system: You are a helpful assistant.
user:
Analyze the provided spectrum to determine if it is a **S-type Star**.

- **Key Indicators for S-type Star:**

    - **(Overall Spectrum Shape):** The first and most obvious characteristic is the overall continuum (the "baseline" shape). It is **extremely "red-sloping,"** meaning the flux (light intensity) is very low on the left side (blue, ~4000-4500 Å) and rises steeply and continuously toward the right side (red, ~7000 Å+).

    - **(Primary):** The spectrum is defined by the presence of strong, broad molecular absorption "valleys" (bands) from **Zirconium Oxide (ZrO)**. The identification of these bands is the **primary requirement** for classifying a star as S-type.
        - **(Key Bandheads):** You must find distinct, deep "dips" where the light has been absorbed. The most critical band systems to locate are:
            - **~6474 Å** ($\gamma$-system): This is often the strongest and clearest ZrO feature, found in the red part of the spectrum.
            - **~5718 Å** & **~5551 Å** ($\beta$-system): A pair of prominent absorption features in the yellow-orange part of the spectrum.
            - **~4640 Å** ($\alpha$-system): A key absorption band system in the blue-green region of the spectrum.

    - **(Secondary Confirmation):** The classification is strengthened by finding additional absorption bands from other related heavy element oxides, which are expected to be present alongside ZrO.
        - **(Key Bandheads):**
            - **Yttrium Oxide (YO):** Look for absorption dips near **~4800 Å** and **~6100 Å**.
            - **Lanthanum Oxide (LaO):** Additional absorption features, particularly in the red-orange part of the spectrum, are also characteristic.

    - **(Line Profile):** The combination of the steep red continuum and these numerous, deep molecular bands (ZrO, YO, etc.) gives the entire spectrum a very **"chopped-up"** or **"bumpy"** appearance. Instead of a smooth curve, the spectrum looks as though large, wide chunks of light have been "carved out" of it at the specific wavelengths listed above.

Think first, call **spectral_visualization_tool** if needed to examine features in detail, then provide your final answer. Your response must adhere to the following strict rules:
1.  **Overall Structure:** Your response must follow the format `<think>...</think> <tool_call>...</tool_call> (if a tool is used) <answer>...</answer>`.
2.  **Tool Usage Constraint:** You may only make **one** tool call per turn.
3.  **Final Answer Format:** In the `<answer>` tag, your conclusion must be inside a `\boxed{}` command (e.g., `\boxed{YES}` or `\boxed{NO}`), followed by your justification.

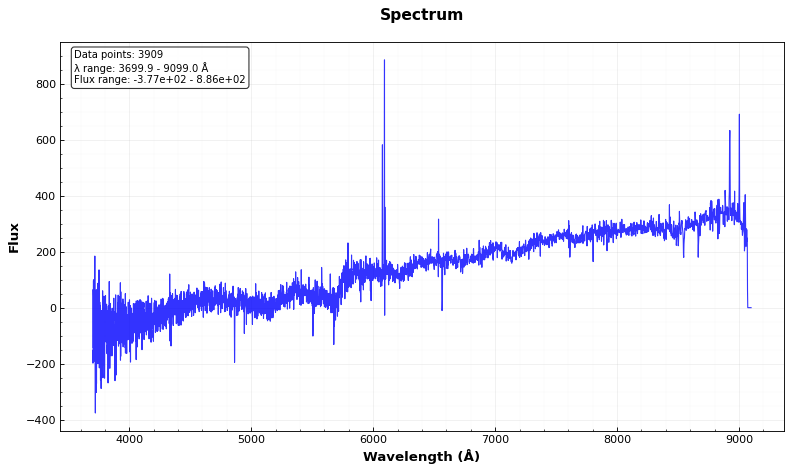
Answer: NO